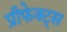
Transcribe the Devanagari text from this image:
प्रीफेक्ट्स